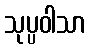
သုပ္ပဝါသာ